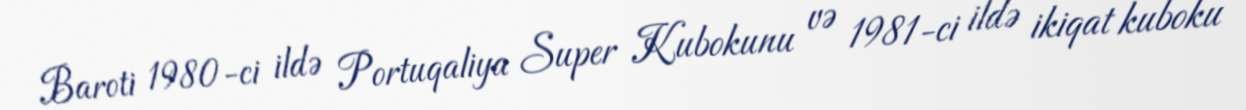
Baroti 1980-ci ildə Portuqaliya Super Kubokunu və 1981-ci ildə ikiqat kuboku